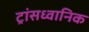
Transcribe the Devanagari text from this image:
ट्रांसध्वानिक